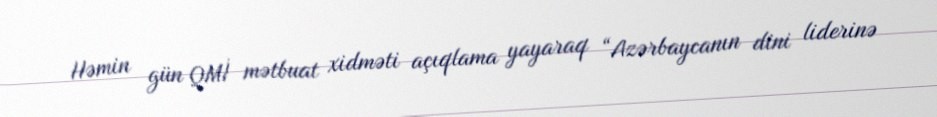
Həmin gün QMİ mətbuat xidməti açıqlama yayaraq “Azərbaycanın dini liderinə